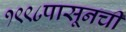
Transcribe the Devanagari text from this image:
१९९८पासूनची